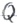
Text: Q